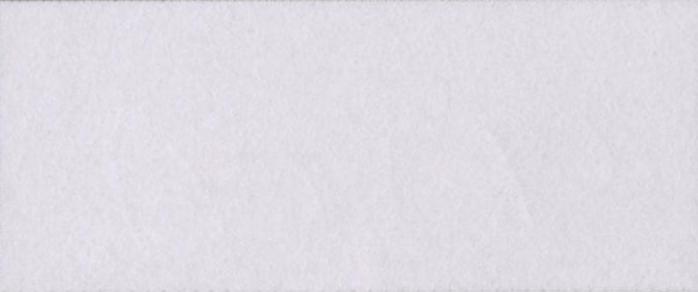
अक्षरों